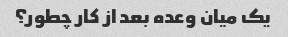
یک میان وعده بعد از کار چطور؟